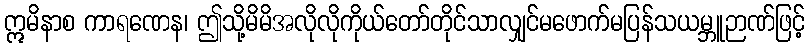
ဣမိနာစ ကာရဏေန၊ ဤသို့မိမိအလိုလိုကိုယ်တော်တိုင်သာလျှင်မဖောက်မပြန်သယမ္ဘူဉာဏ်ဖြင့်